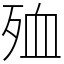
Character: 殈